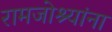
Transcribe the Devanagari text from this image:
रामजोश्यांना